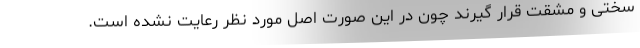
سختی و مشقت قرار گیرند چون در این صورت اصل مورد نظر رعایت نشده است.